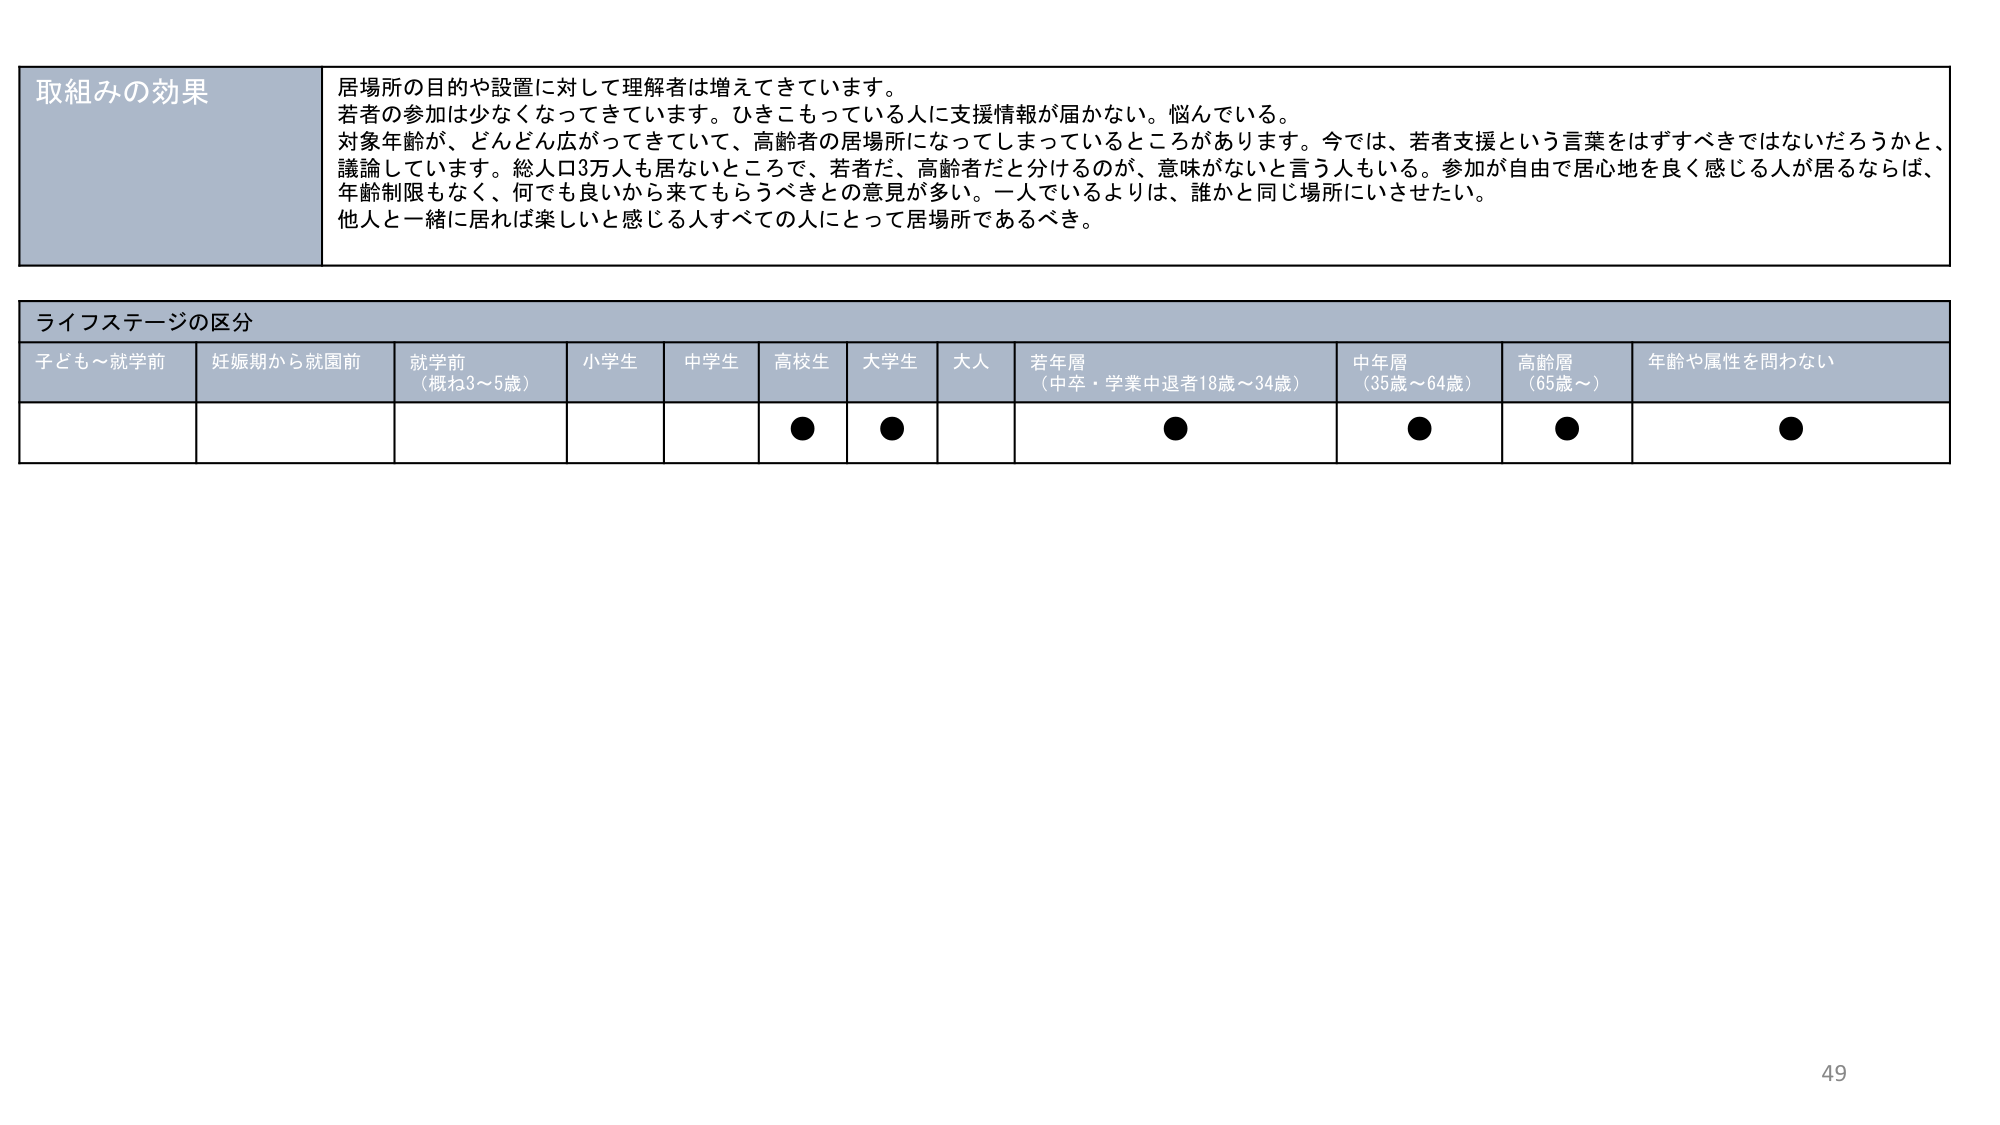
取組みの効果
居場所の目的や設置に対して理解者は増えてきています。
若者の参加は少なくなってきています。ひきこもっている人に支援情報が届かない。悩んでいる。
対象年齢が、どんどん広がってきていて、高齢者の居場所になってしまっているところがあります。今では、若者支援という言葉をはずすべきではないだろうかと、
議論しています。総人口3万人も居ないところで、若者だ、高齢者だと分けるのが、意味がないと言う人もいる。参加が自由で居心地を良く感じる人が居るならば、
年齢制限もなく、何でも良いから来てもらうべきとの意見が多い。一人でいるよりは、誰かと同じ場所にいさせたい。
他人と一緒に居れば楽しいと感じる人すべての人にとって居場所であるべき。

ライフステージの区分
子ども～就学前　妊娠期から就園前　就学前（概ね3～5歳）　小学生　中学生　高校生　大学生　大人　若年層（中卒・学業中退者18歳～34歳）　中年層（35歳～64歳）　高齢層（65歳～）　年齢や属性を問わない
●　●　●　●　●　●

49